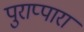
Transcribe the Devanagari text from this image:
पुराप्पारा